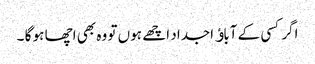
اگر کسی کے آباﺅ اجداد اچھے ہوں تو وہ بھی اچھا ہو گا ۔